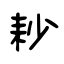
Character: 耖